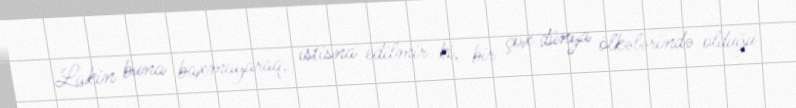
Lakin buna baxmayaraq, istisna edilmir ki, bir çox dünya ölkələrində olduğu